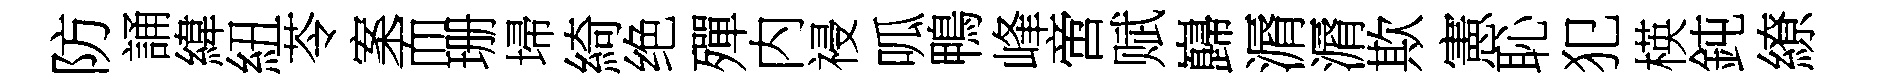
防誦緯紐苓案而珊埽綺绝殫内祲呱鴨峰啻赋巋漘漘欺憲恥犯楧鈍繚